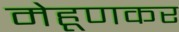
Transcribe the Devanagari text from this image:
मेहूणकर